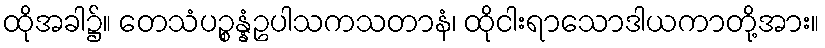
ထိုအခါ၌။ တေသံပဉ္စန္နံဥပါသကသတာနံ၊ ထိုငါးရာသောဒါယကာတို့အား။